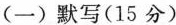
(一)默写(15分)